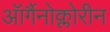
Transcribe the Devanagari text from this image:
ऑर्गैनोक्लोरीन